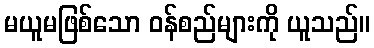
မယူမဖြစ်သော ဝန်စည်များကို ယူသည်။